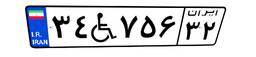
۲۰W۵۶۲۸۶